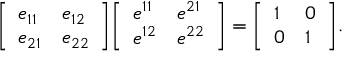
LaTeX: { \left[ \begin{array} { l l } { e _ { 1 1 } } & { e _ { 1 2 } } \\ { e _ { 2 1 } } & { e _ { 2 2 } } \end{array} \right] } { \left[ \begin{array} { l l } { e ^ { 1 1 } } & { e ^ { 2 1 } } \\ { e ^ { 1 2 } } & { e ^ { 2 2 } } \end{array} \right] } = { \left[ \begin{array} { l l } { 1 } & { 0 } \\ { 0 } & { 1 } \end{array} \right] } .